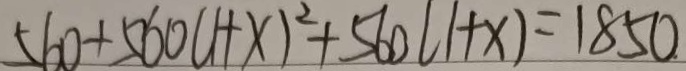
5 6 0 + 5 6 0 ( 1 + x ) ^ { 2 } + 5 6 0 ( 1 + x ) = 1 8 5 0